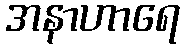
အနာဟာရေ